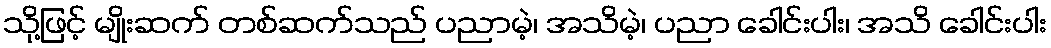
သို့ဖြင့် မျိုးဆက် တစ်ဆက်သည် ပညာမဲ့၊ အသိမဲ့၊ ပညာ ခေါင်းပါး၊ အသိ ခေါင်းပါး